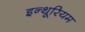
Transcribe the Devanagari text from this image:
इन्थूरियम